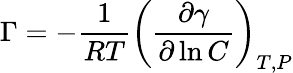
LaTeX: \Gamma=-{\frac{1}{RT}}\left({\frac{\partial\gamma}{\partial\ln C}}\right)_{T,P}